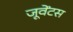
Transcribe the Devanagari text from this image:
जूवेंटस